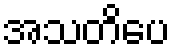
အသတိပေ